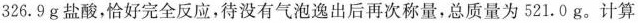
326.9g盐酸，恰好完全反应，待没有气泡逸出后再次称量，总质量为521.0g。计算